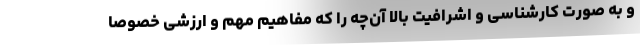
و به صورت کارشناسی و اشرافیت بالا آن‌چه را که مفاهیم مهم و ارزشی خصوصا